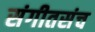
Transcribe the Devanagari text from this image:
संगीतसंच